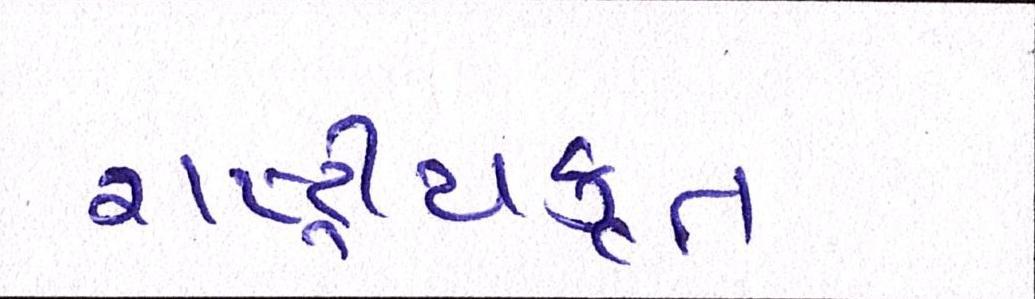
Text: રાષ્ટ્ર્રીયકૃત